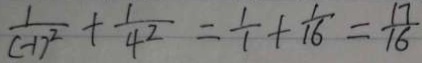
\frac { 1 } { ( - 1 ) ^ { 2 } } + \frac { 1 } { 4 ^ { 2 } } = \frac { 1 } { 1 } + \frac { 1 } { 1 6 } = \frac { 1 7 } { 1 6 }